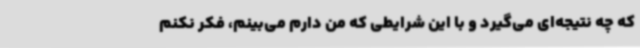
که چه نتیجه‌ای می‌گیرد و با این شرایطی که من دارم می‌بینم، فکر نکنم